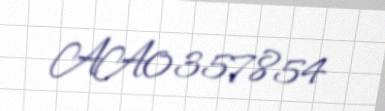
AA0357854